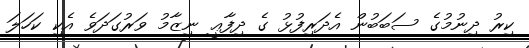
ކިރު ދިނުމުގެ ސަބަބުން އެދަރިފުޅު ގެ ދިފާޢީ ނިޒާމު ވަރުގަދަވެ އެކި ކަހަލަ